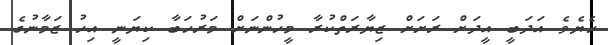
ހެޔެވެ އަދަބީ އީދަށް ރަށަށް ޒިޔާރަތްކުރާ މީހުންނަށް މަރުހަބާ ކިޔަނީ އިހު ޒަމާނުގެ